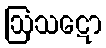
ဩသဋော